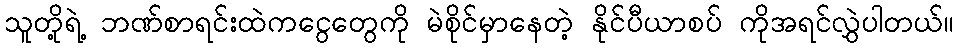
သူတို့ရဲ့ ဘဏ်စာရင်းထဲကငွေတွေကို မဲစိုင်မှာနေတဲ့ နိုင်ပီယာစပ် ကိုအရင်လွှဲပါတယ်။